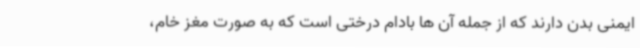
ایمنی بدن دارند که از جمله آن ها بادام درختی است که به صورت مغز خام،